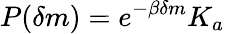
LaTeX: P(\delta m)=e^{-\beta\delta m}K_{a}